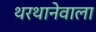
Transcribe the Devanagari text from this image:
थरथानेवाला